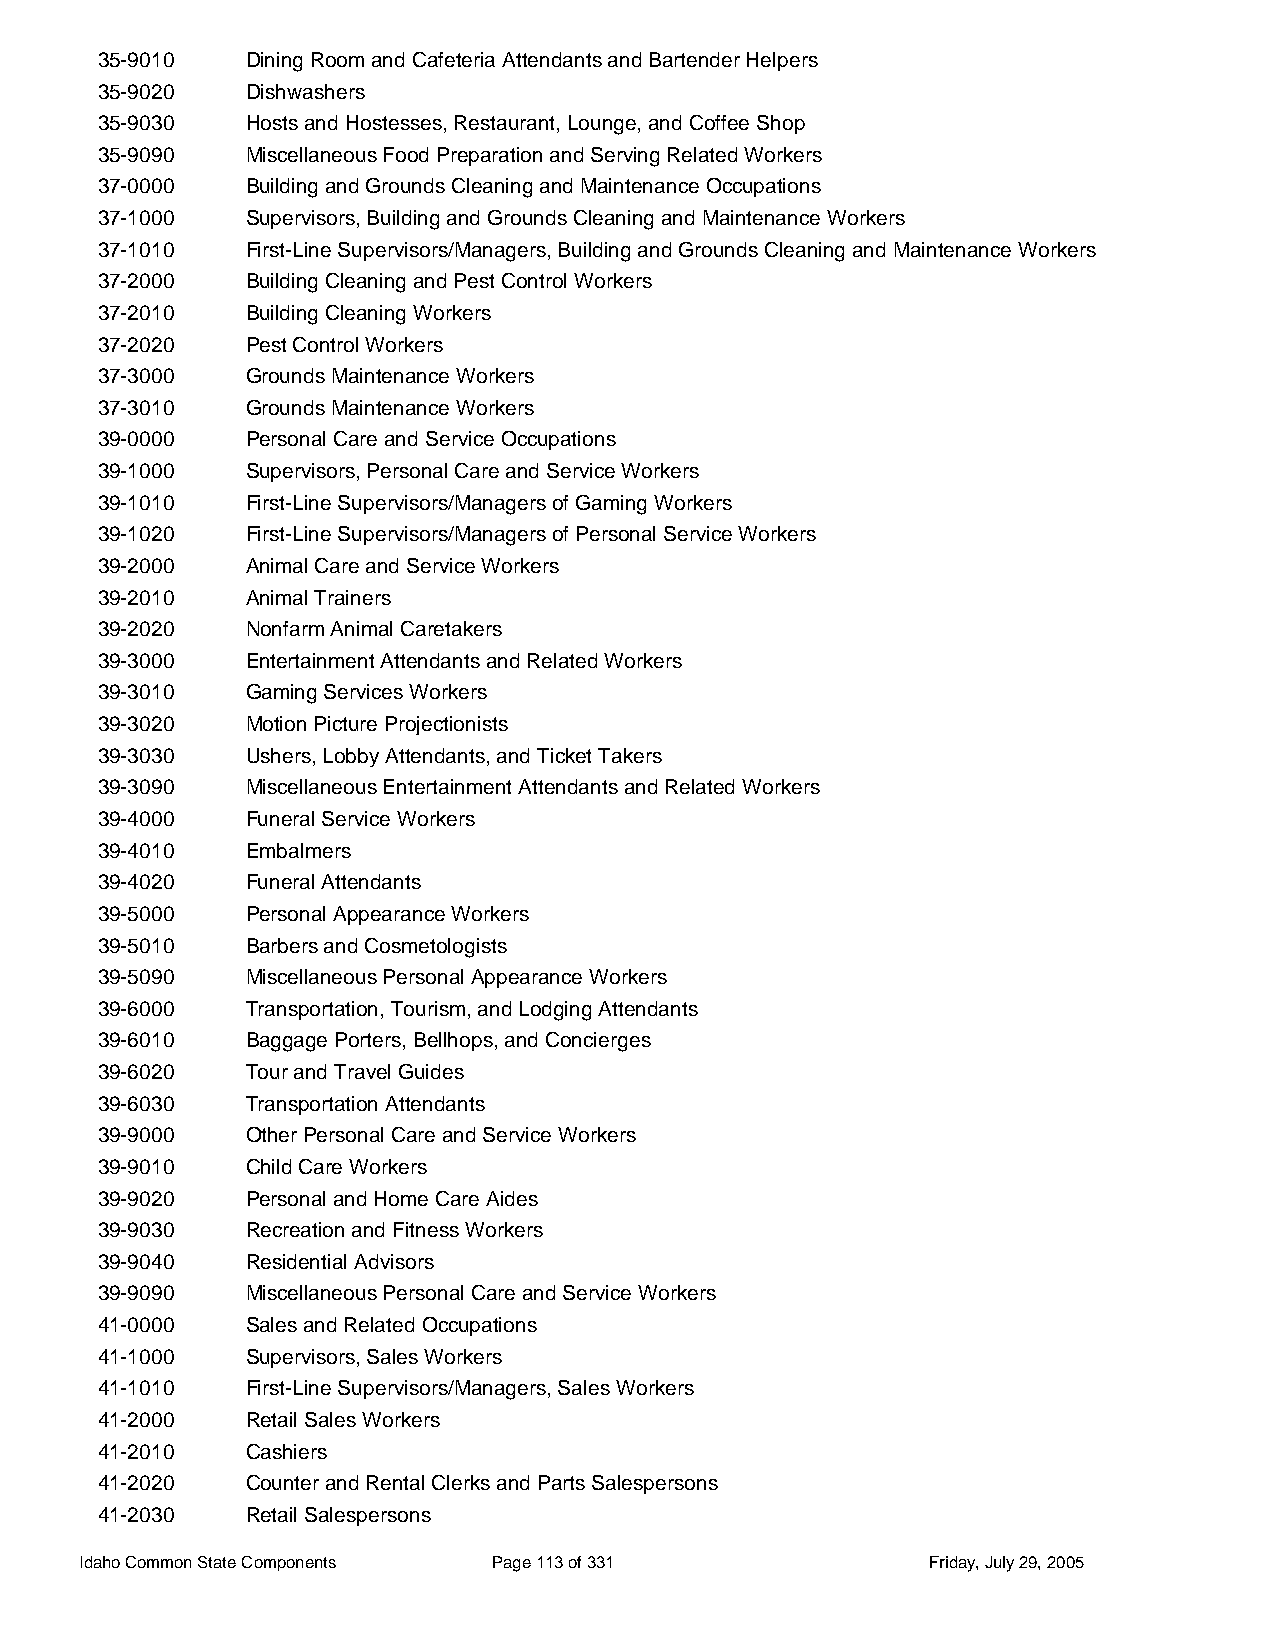
35-9010   Dining Room and Cafeteria Attendants and Bartender Helpers
 35-9020   Dishwashers
 35-9030   Hosts and Hostesses, Restaurant, Lounge, and Coffee Shop
 35-9090   Miscellaneous Food Preparation and Serving Related Workers
 37-0000   Building and Grounds Cleaning and Maintenance Occupations
 37-1000   Supervisors, Building and Grounds Cleaning and Maintenance Workers
 37-1010   First-Line Supervisors/Managers, Building and Grounds Cleaning and Maintenance Workers
 37-2000   Building Cleaning and Pest Control Workers
 37-2010   Building Cleaning Workers
 37-2020   Pest Control Workers
 37-3000   Grounds Maintenance Workers
 37-3010   Grounds Maintenance Workers
 39-0000   Personal Care and Service Occupations
 39-1000   Supervisors, Personal Care and Service Workers
 39-1010   First-Line Supervisors/Managers of Gaming Workers
 39-1020   First-Line Supervisors/Managers of Personal Service Workers
 39-2000   Animal Care and Service Workers
 39-2010   Animal Trainers
 39-2020   Nonfarm Animal Caretakers
 39-3000   Entertainment Attendants and Related Workers
 39-3010   Gaming Services Workers
 39-3020   Motion Picture Projectionists
 39-3030   Ushers, Lobby Attendants, and Ticket Takers
 39-3090   Miscellaneous Entertainment Attendants and Related Workers
 39-4000   Funeral Service Workers
 39-4010   Embalmers
 39-4020   Funeral Attendants
 39-5000   Personal Appearance Workers
 39-5010   Barbers and Cosmetologists
 39-5090   Miscellaneous Personal Appearance Workers
 39-6000   Transportation, Tourism, and Lodging Attendants
 39-6010   Baggage Porters, Bellhops, and Concierges
 39-6020   Tour and Travel Guides
 39-6030   Transportation Attendants
 39-9000   Other Personal Care and Service Workers
 39-9010   Child Care Workers
 39-9020   Personal and Home Care Aides
 39-9030   Recreation and Fitness Workers
 39-9040   Residential Advisors
 39-9090   Miscellaneous Personal Care and Service Workers
 41-0000   Sales and Related Occupations
 41-1000   Supervisors, Sales Workers
 41-1010   First-Line Supervisors/Managers, Sales Workers
 41-2000   Retail Sales Workers
 41-2010   Cashiers
 41-2020   Counter and Rental Clerks and Parts Salespersons
 41-2030   Retail Salespersons
 Idaho Common State Components Page 113 of 331           Friday, July 29, 2005